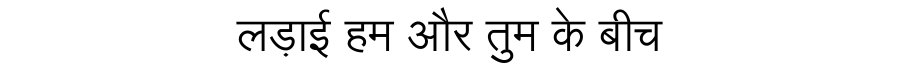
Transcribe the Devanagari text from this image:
लड़ाई हम और तुम के बीच